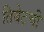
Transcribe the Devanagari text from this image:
तिबेटची